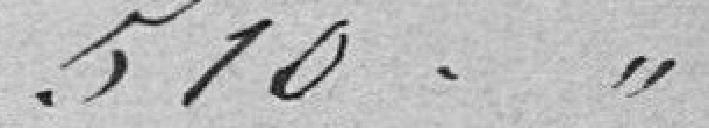
510